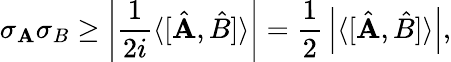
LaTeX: \sigma_{\mathbf{A}}\sigma_{B}\geq\left|{\frac{{1}}{{2i}}}\langle[{\hat{{\mathbf{A}}}},{\hat{{B}}}]\rangle\right|={\frac{{1}}{{2}}}\left|\langle[{\hat{{\mathbf{A}}}},{\hat{{B}}}]\rangle\right|,